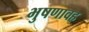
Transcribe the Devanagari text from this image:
भुषणावह